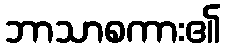
ဘာသာစကား၏